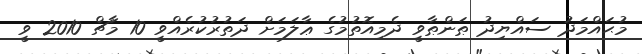
މުޙައްމަދު ސައްޔިދު ޠަންޠާވީ ދެމިއޮތުމުގެ ޢާލަމަށް ދަތުރުކުރެއްވީ 10 މާޗް 2010 ވީ